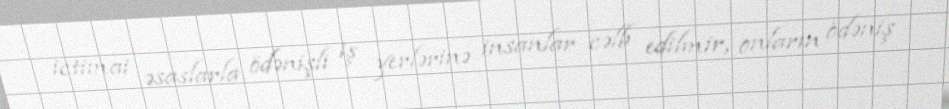
ictimai əsaslarla ödənişli iş yerlərinə insanlar cəlb edilmir, onların ödəniş